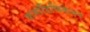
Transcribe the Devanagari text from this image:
कमॉडिफिकेशन